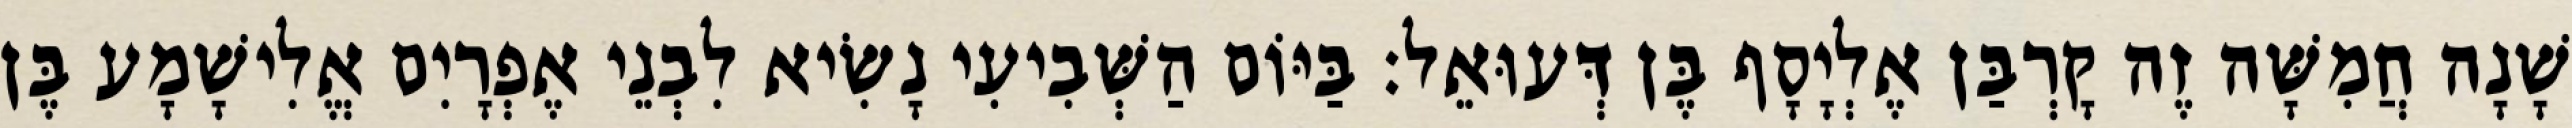
שָׁנָה חֲמִשָּׁה זֶה קָרְבַּן אֶלְיָסָף בֶּן דְּעוּאֵל׃ בַּיּוֹם הַשְּׁבִיעִי נָשִׂיא לִבְנֵי אֶפְרָיִם אֱלִישָׁמָע בֶּן